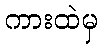
ကားထဲမှ